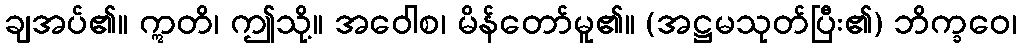
ချအပ်၏။ ဣတိ၊ ဤသို့။ အဝေါစ၊ မိန်တော်မူ၏။ (အဋ္ဌမသုတ်ပြီး၏) ဘိက္ခဝေ၊